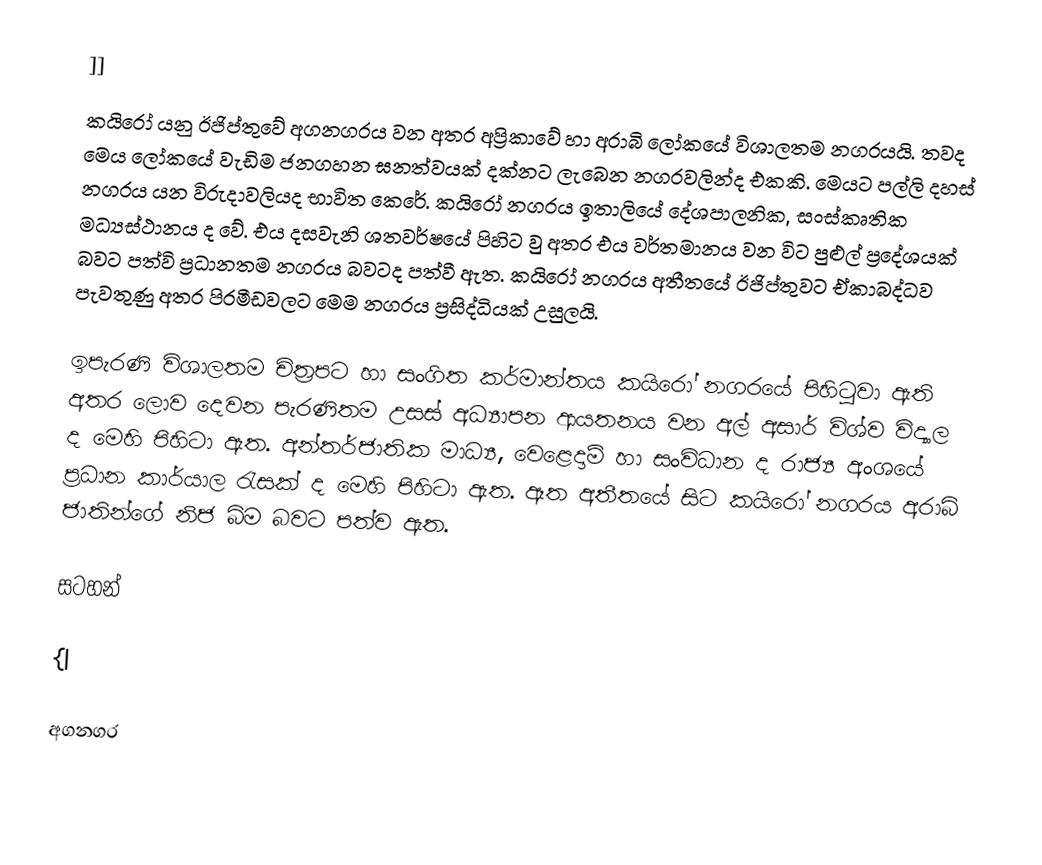
]]
කයිරෝ යනු ඊජිප්තුවේ අගනගරය වන අතර අප්‍රිකාවේ හා අරාබි ලෝකයේ විශාලතම නගරයයි. තවද මෙය ලෝකයේ වැඩිම ජනගහන ඝනත්වයක් දක්නට ලැබෙන නගරවලින්ද එකකි. මෙයට පල්ලි දහස් නගරය යන විරුදාවලියද භාවිත කෙරේ. කයිරෝ නගරය ඉතාලියේ දේශපාලනික, සංස්කෘතික මධ්‍යස්ථානය ද වේ. එය දසවැනි ශතවර්ෂයේ පිහිට වු අතර එය වර්තමානය වන විට පුළුල් ප්‍රදේශයක් බවට පත්වි ප්‍රධානතම නගරය බවටද පත්වී ඇත. කයිරෝ නගරය අතීතයේ ඊජිප්තුවට ඒකාබද්ධව පැවතුණු අතර පිරමීඩවලට මෙම නගරය ප්‍රසිද්ධියක් උසුලයි.

ඉපැරණි විශාලතම චිත්‍රපට හා සංගිත කර්මාන්තය කයිරෝ නගරයේ පිහිටුවා ඇති අතර ලොව දෙවන පැරණිතම උසස් අධ්‍යාපන ආයතනය වන අල් අසාර් විශ්ව විද්‍යාල ද මෙහි පිහිටා ඇත. අන්තර්ජාතික මාධ්‍ය, වෙළෙදාම් හා සංවිධාන ද රාජ්‍ය අංශයේ ප්‍රධාන කාර්යාල රැසක් ද මෙහි පිහිටා ඇත. ඈත අතීතයේ සිට කයිරෝ නගරය අරාබි ජාතින්ගේ නිජ බිම බවට පත්ව ඇත.

සටහන්

{|

අගනගර